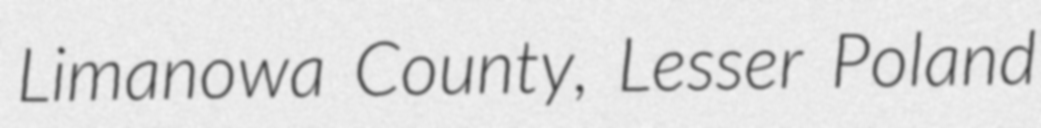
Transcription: Limanowa County, Lesser Poland